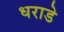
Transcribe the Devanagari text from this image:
धराडे